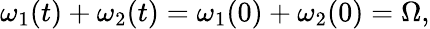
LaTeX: \omega_{1}(t)+\omega_{2}(t)=\omega_{1}(0)+\omega_{2}(0)=\Omega,